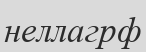
неллагрф